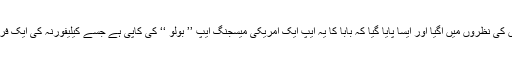
حالانکہ کچھ وقت بعد ہی یہ لوگوں کی نظروں میں آگیا اور ایسا پایا گیا کہ بابا کا یہ ایپ ایک امریکی میسجنگ ایپ ’’ بولو ‘‘ کی کاپی ہے جسے کیلیفورنہ کی ایک فریمونٹ نام کی کمپنی نے بنایا ہے۔